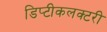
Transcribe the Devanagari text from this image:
डिप्टीकलक्टरी